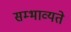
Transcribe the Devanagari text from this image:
सम्भाव्यते